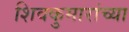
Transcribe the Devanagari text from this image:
शिवकुमारांच्या